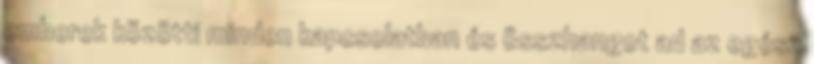
emberek közötti minden kapcsolatban és összhangot ad az egész